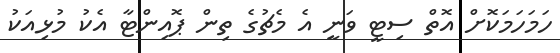
ހަމަހަމަކޮށް އޮތް ސިޓީ ވަނީ އެ މެޗުގެ ތިން ޕޮއިންޓާ އެކު މުޅިއަކު